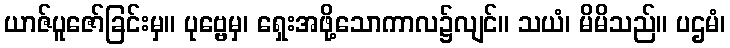
ယာဇ်ပူဇော်ခြင်းမှ။ ပုဗ္ဗေမှ၊ ရှေးအဖို့သောကာလ၌လျင်။ သယံ၊ မိမိသည်။ ပဌမံ၊